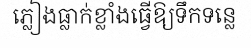
ភ្លៀងធ្លាក់ខ្លាំងធ្វើឱ្យទឹកទន្លេ